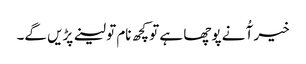
خیر آُ نے پوچھا ہے تو کچھ نام تو لینے پڑیں گے۔